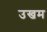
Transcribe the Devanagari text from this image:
उखम